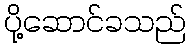
ပို့ဆောင်ခသည်